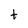
Character: t